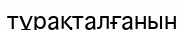
тұрақталғанын